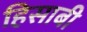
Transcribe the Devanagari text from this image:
हिसाबी